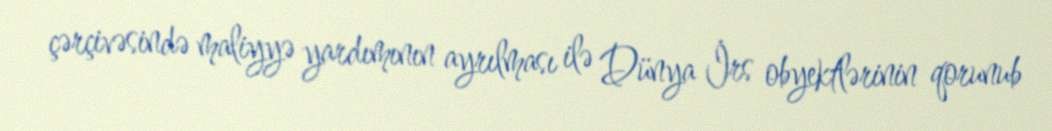
çərçivəsində maliyyə yardımının ayrılması ilə Dünya İrs obyektlərinin qorunub